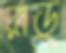
রাডু